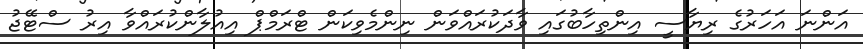
އަންނަ އަހަރުގެ ރިޔާސީ އިންތިހާބުގައި ވާދަކުރައްވަން ނިންމެވިކަން ޓްރަމްޕް އިއުލާންކުރައްވާ އިރު ސްޓޭޖު